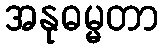
အနုဓမ္မတာ